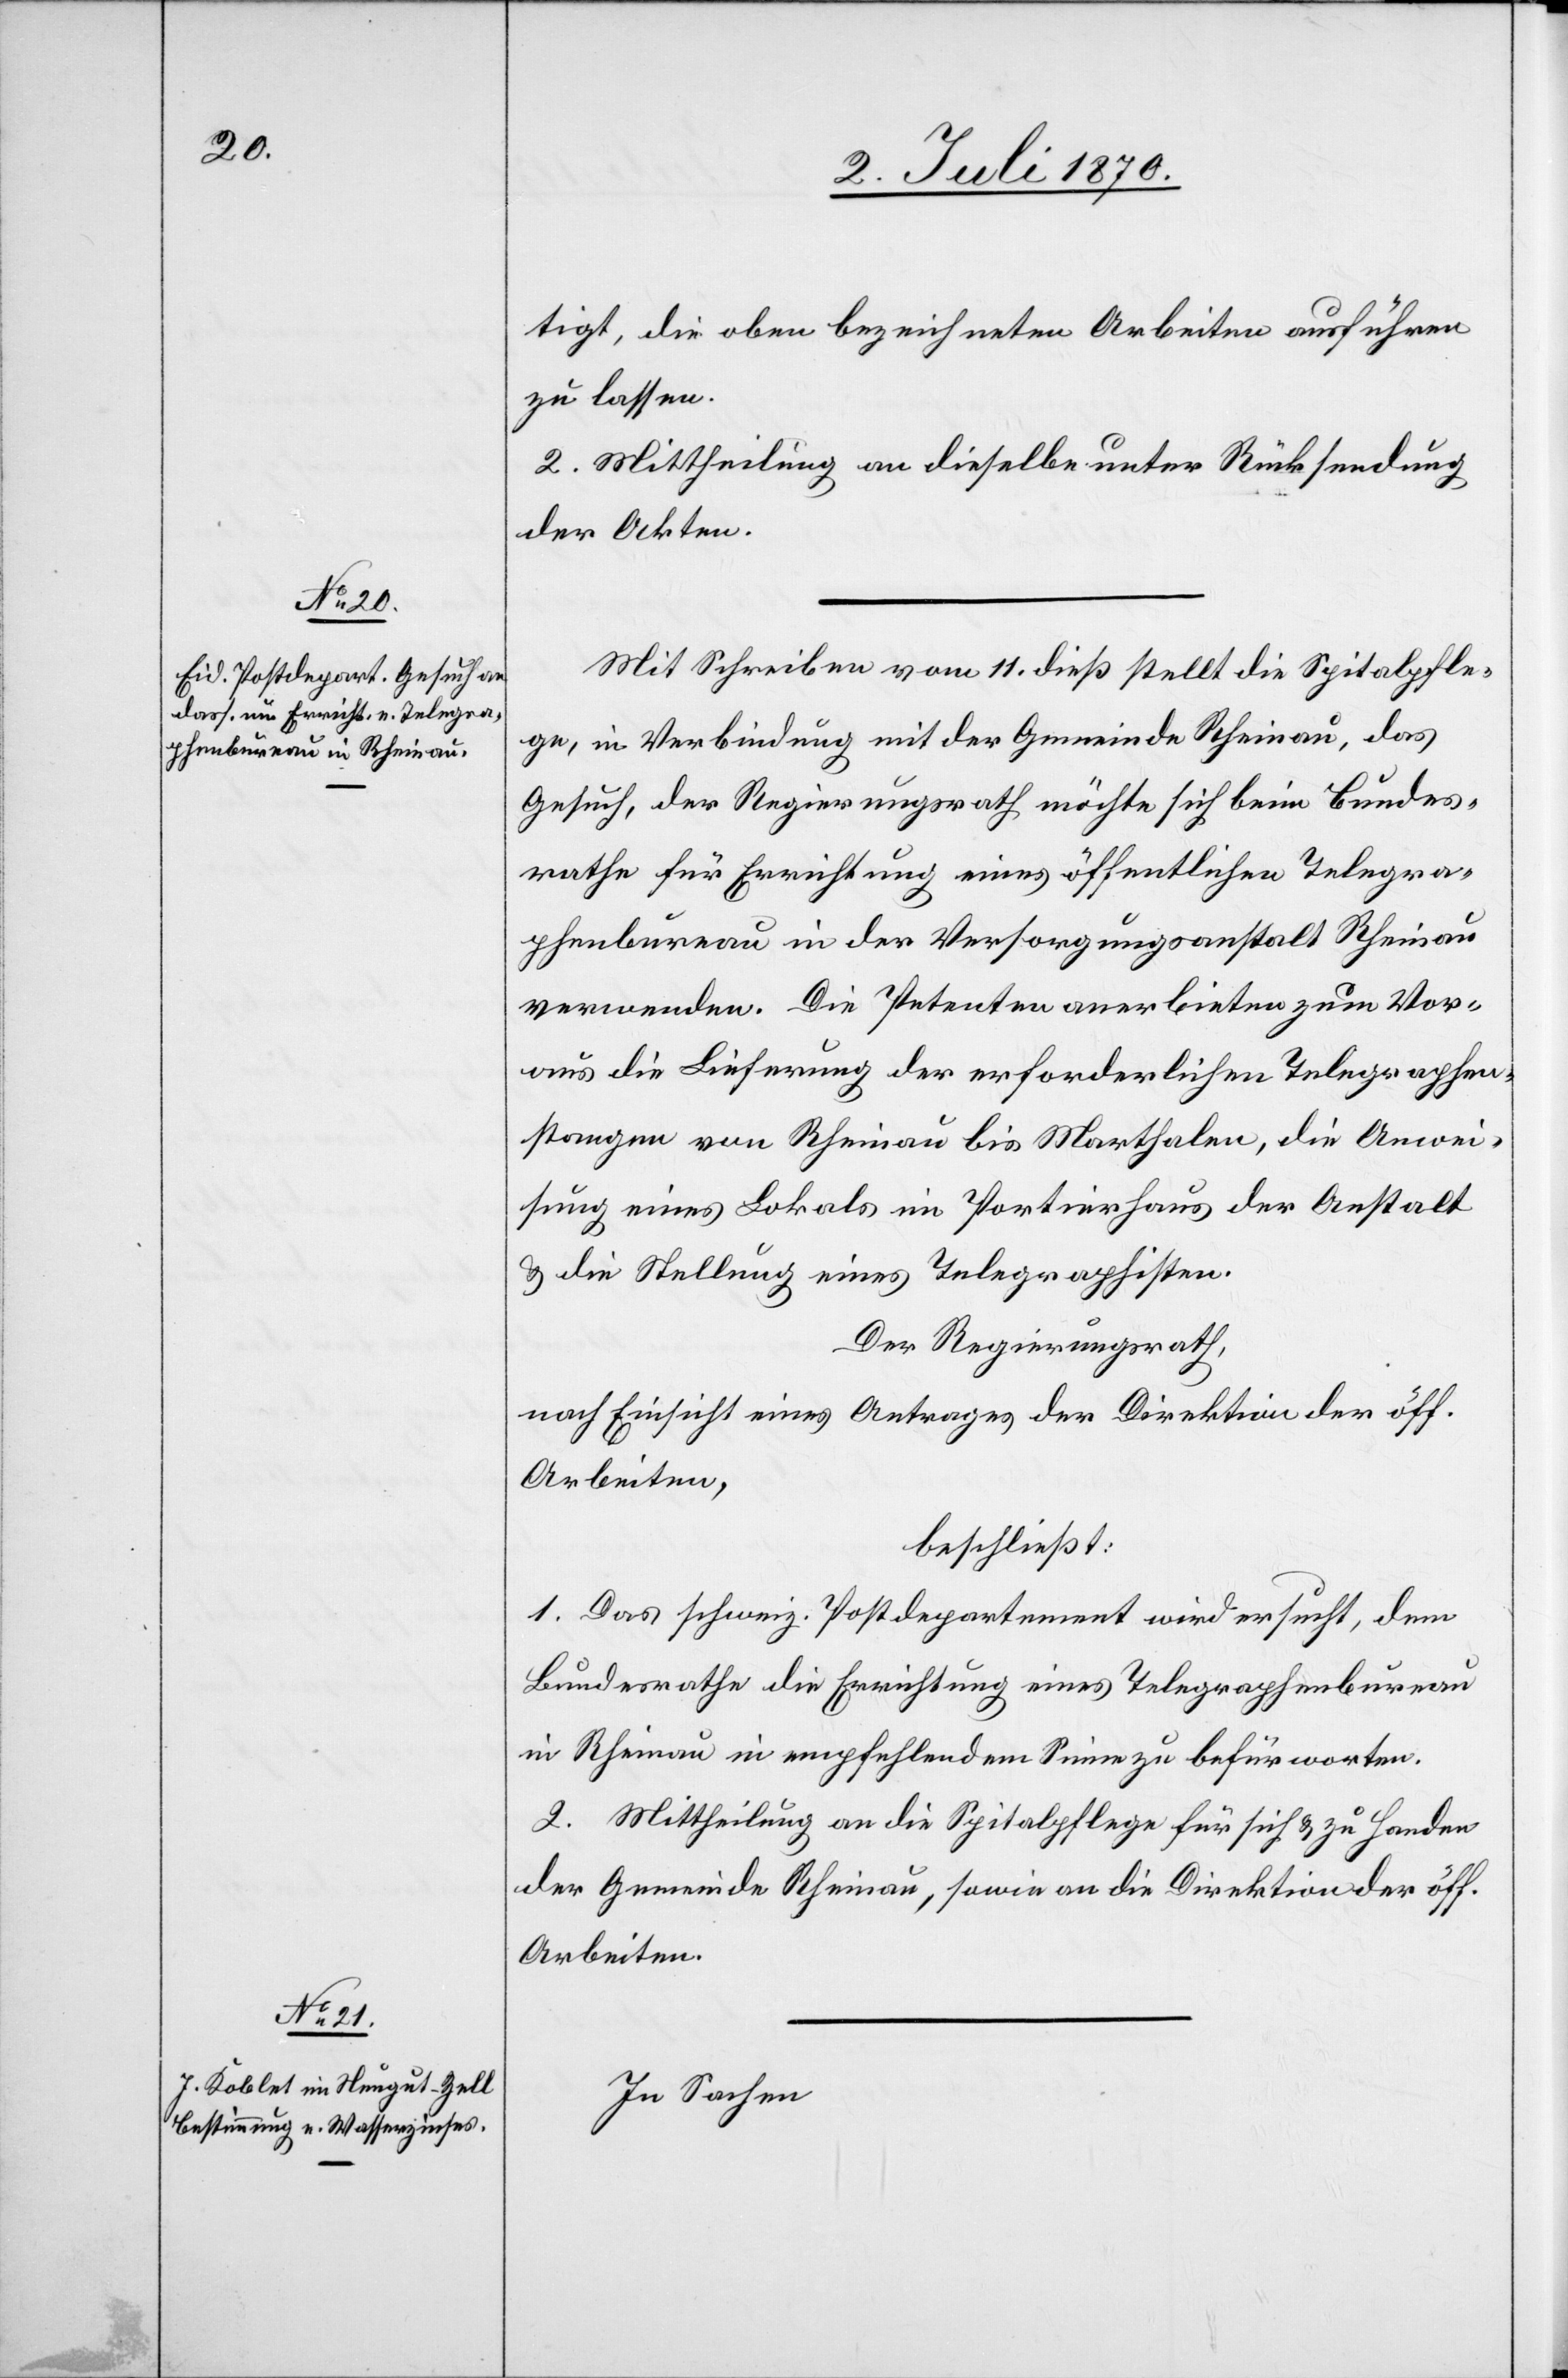
tigt, die oben bezeichneten Arbeiten ausführen
zu lassen.
2. Mittheilung an dieselbe unter Rücksendung
der Akten.
Mit Schreiben vom 11. dieß stellt die Spitalpfle¬
ge, in Verbindung mit der Gemeinde Rheinau, das
Gesuch, der Regierungsrath möchte sich beim Bundes¬
rathe für Errichtung eines öffentlichen Telegra¬
phenbureau in der Versorgungsanstalt Rheinau
verwenden. Die Petenten anerbieten zum Vor¬
aus die Lieferung der erforderlichen Telegraphen¬
stangen von Rheinau bis Marthalen, die Anwei¬
sung eines Lokals im Portierhaus der Anstalt
& die Stellung eines Telegraphisten.
Der Regierungsrath,
nach Einsicht eines Antrages der Direktion der öff.
Arbeiten,
beschließt:
1. Das schweiz. Postdepartement wird ersucht, dem
Bundesrathe die Errichtung eines Telegraphenbureau
in Rheinau in empfehlendem Sinne zu befürworten.
2. Mittheilung an die Spitalpflege für sich & zu Handen
der Gemeinde Rheinau, sowie an die Direktion der öff.
Arbeiten.
In Sachen